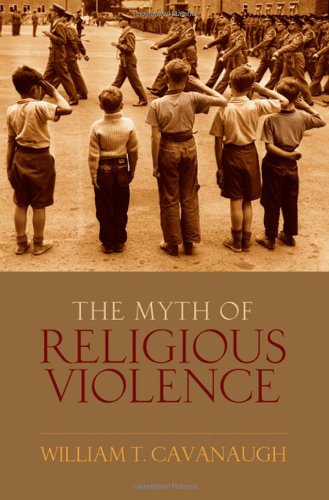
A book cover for The Myth of Religious Violence: Secular Ideology and the Roots of Modern Conflict; William T Cavanaugh; Politics & Social Sciences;